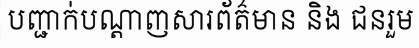
បញ្ជាក់បណ្តាញសារព័ត៌មាន និង ជនរួម